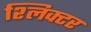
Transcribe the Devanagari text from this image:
श्लिक्टर